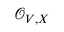
{ \mathcal { O } } _ { V , X }